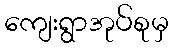
ကျေးရွာအုပ်စုမှ